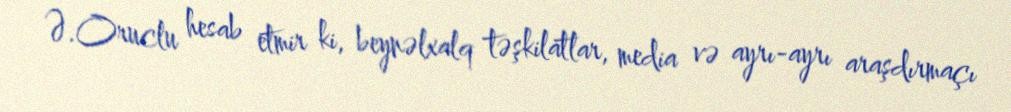
Ə.Oruclu hesab etmir ki, beynəlxalq təşkilatlar, media və ayrı-ayrı araşdırmaçı